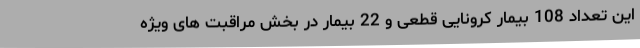
این تعداد 108 بیمار کرونایی قطعی و 22 بیمار در بخش مراقبت های ویژه